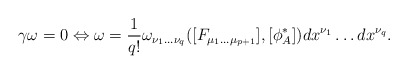
\begin{align*}\gamma \omega = 0 \Leftrightarrow \omega = \frac{1}{q!}\omega_{\nu_1 ... \nu_q}([F_{\mu_1 ... \mu_{p+1}}],[\phi^*_A])dx^{\nu_1} \dots dx^{\nu_q}.\end{align*}